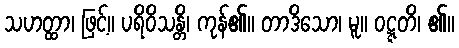
သဟတ္ထာ၊ ဖြင့်။ ပရိဝိသန္တိ၊ ကုန်၏။ တာဒိသော၊ မူ။ ဝဋ္ဋတိ၊ ၏။